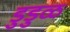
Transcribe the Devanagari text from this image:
डुडुळ